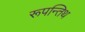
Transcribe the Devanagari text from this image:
रूपन्तिथ